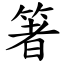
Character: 箸